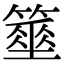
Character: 𥴓